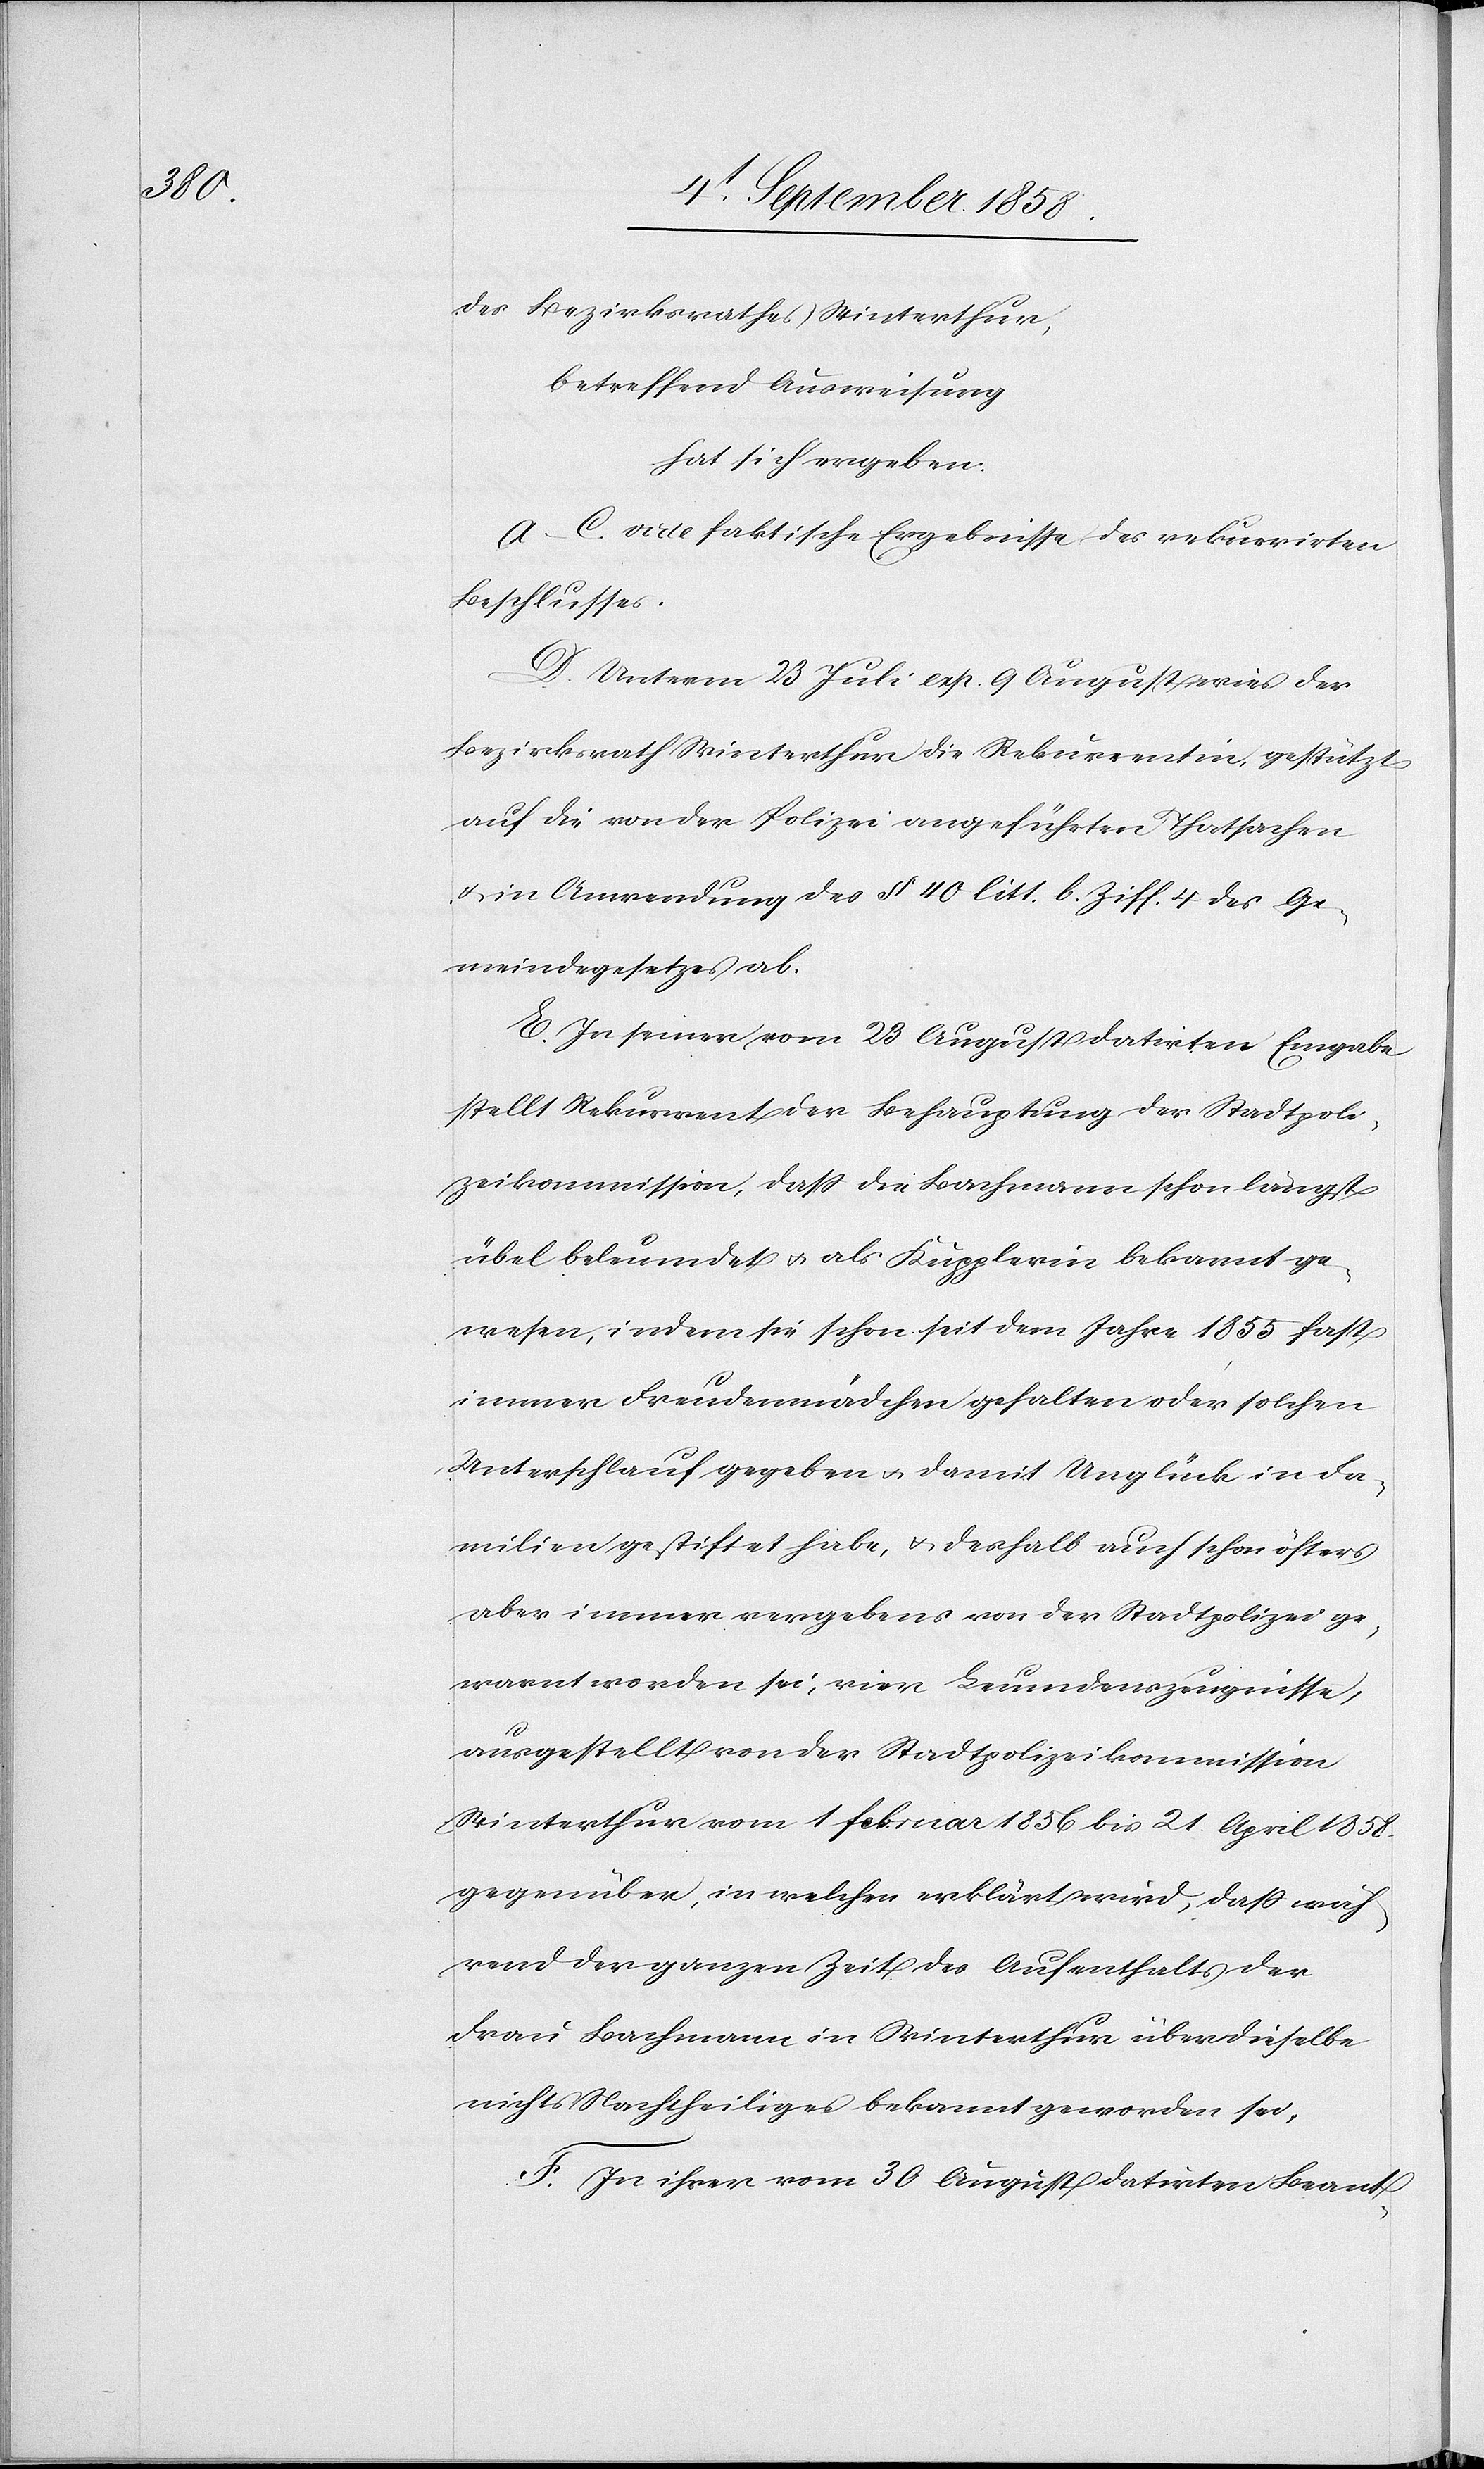
des Bezirksrathes Winterthur,
betreffend Ausweisung
hat sich ergeben:
A–C. vide faktische Ergebnisse des rekurrirten
Beschlusses.
D. Unterm 23 Juli exp. 9 August wies der
Bezirksrath Winterthur die Rekurrentin, gestützt
auf die von der Polizei angeführten Thatsachen
& in Anwendung des § 40 litt. b. Ziff. 4 des Ge¬
meindegesetzes ab.
E. In seiner vom 23 August datirten Eingabe
stellt Rekurrent der Behauptung der Stadtpoli¬
zeikommission, dass die Bachmann schon längst
übel beleumdet & als Kupplerin bekannt ge¬
wesen, indem sie schon seit dem Jahre 1855 fast
immer Freudenmädchen gehalten oder solchen
Unterschlauf gegeben & damit Unglück in Fa¬
milien gestiftet habe, & deshalb auch schon öfters
aber immer vergebens von der Stadtpolizei ge¬
warnt worden sei, vier Leumdenszeugnisse,
ausgestellt von der Stadtpolizeikommission
Winterthur vom 1 Februar 1856 bis 21. April 1858.
gegenüber, in welchen erklärt wird, dass wäh¬
rend der ganzen Zeit des Aufenthalts der
Frau Bachmann in Winterthur über dieselbe
nichts Nachtheiliges bekannt geworden sei.
F. In ihrer vom 30 August datirten Beant-